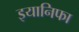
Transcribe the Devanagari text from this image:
इयानिफा